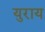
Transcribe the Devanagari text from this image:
युराय